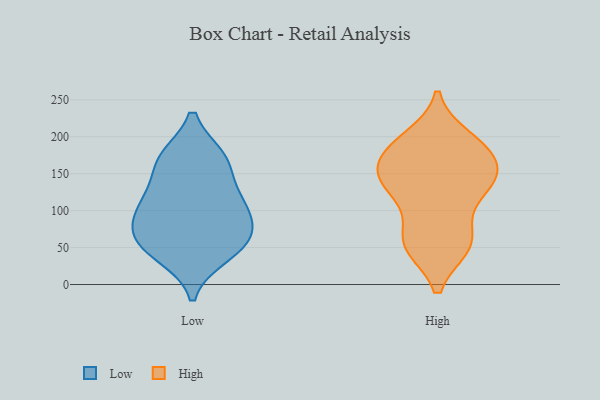
{"axis": {"x": "Waste Production (Tons)", "y": "Value"}, "legend": ["High", "Low"], "data": [{"x": "", "y": 121, "type": "Low"}, {"x": "", "y": 108, "type": "Low"}, {"x": "", "y": 93, "type": "Low"}, {"x": "", "y": 63, "type": "Low"}, {"x": "", "y": 40, "type": "Low"}, {"x": "", "y": 168, "type": "Low"}, {"x": "", "y": 72, "type": "Low"}, {"x": "", "y": 169, "type": "Low"}, {"x": "", "y": 62, "type": "Low"}, {"x": "", "y": 171, "type": "Low"}, {"x": "", "y": 47, "type": "Low"}, {"x": "", "y": 111, "type": "Low"}, {"x": "", "y": 160, "type": "High"}, {"x": "", "y": 130, "type": "High"}, {"x": "", "y": 52, "type": "High"}, {"x": "", "y": 55, "type": "High"}, {"x": "", "y": 54, "type": "High"}, {"x": "", "y": 188, "type": "High"}, {"x": "", "y": 138, "type": "High"}, {"x": "", "y": 154, "type": "High"}, {"x": "", "y": 77, "type": "High"}, {"x": "", "y": 52, "type": "High"}, {"x": "", "y": 184, "type": "High"}, {"x": "", "y": 191, "type": "High"}, {"x": "", "y": 125, "type": "High"}, {"x": "", "y": 125, "type": "High"}, {"x": "", "y": 198, "type": "High"}, {"x": "", "y": 150, "type": "High"}, {"x": "", "y": 164, "type": "High"}]}